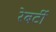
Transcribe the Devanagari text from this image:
रेबर्टी